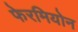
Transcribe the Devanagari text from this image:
फेरमियोन